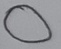
Text: O